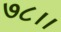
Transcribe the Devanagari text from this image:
७८।।